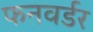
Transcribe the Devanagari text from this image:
फनवर्डर